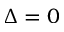
\Delta = 0